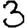
Digit: 3